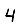
Digit: 4